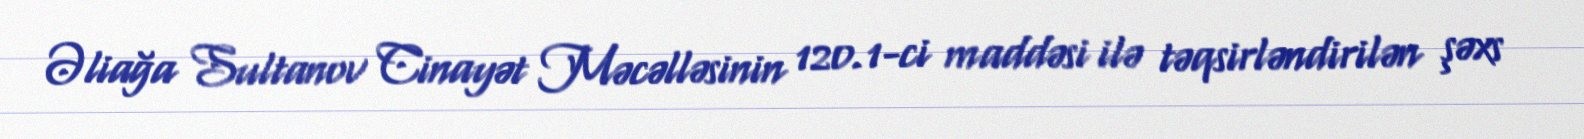
Əliağa Sultanov Cinayət Məcəlləsinin 120.1-ci maddəsi ilə təqsirləndirilən şəxs